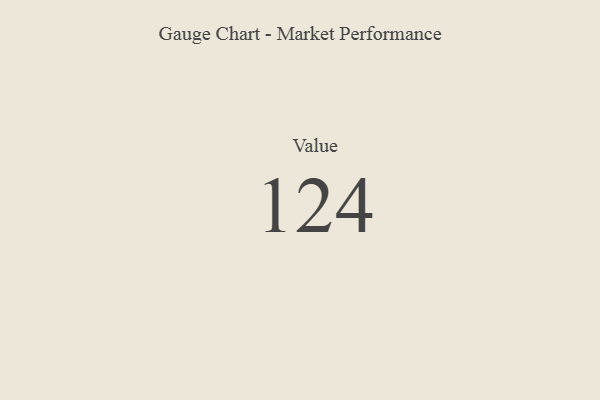
{"axis": {"x": "Metric", "y": "Value"}, "legend": [""], "data": [{"x": "Value", "y": 124, "type": ""}]}